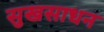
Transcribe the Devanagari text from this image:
सुखसाधन